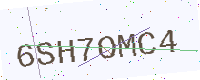
Text: 6SH7OMC4